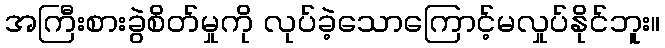
အကြီးစားခွဲစိတ်မှုကို လုပ်ခဲ့သောကြောင့်မလှုပ်နိုင်ဘူး။